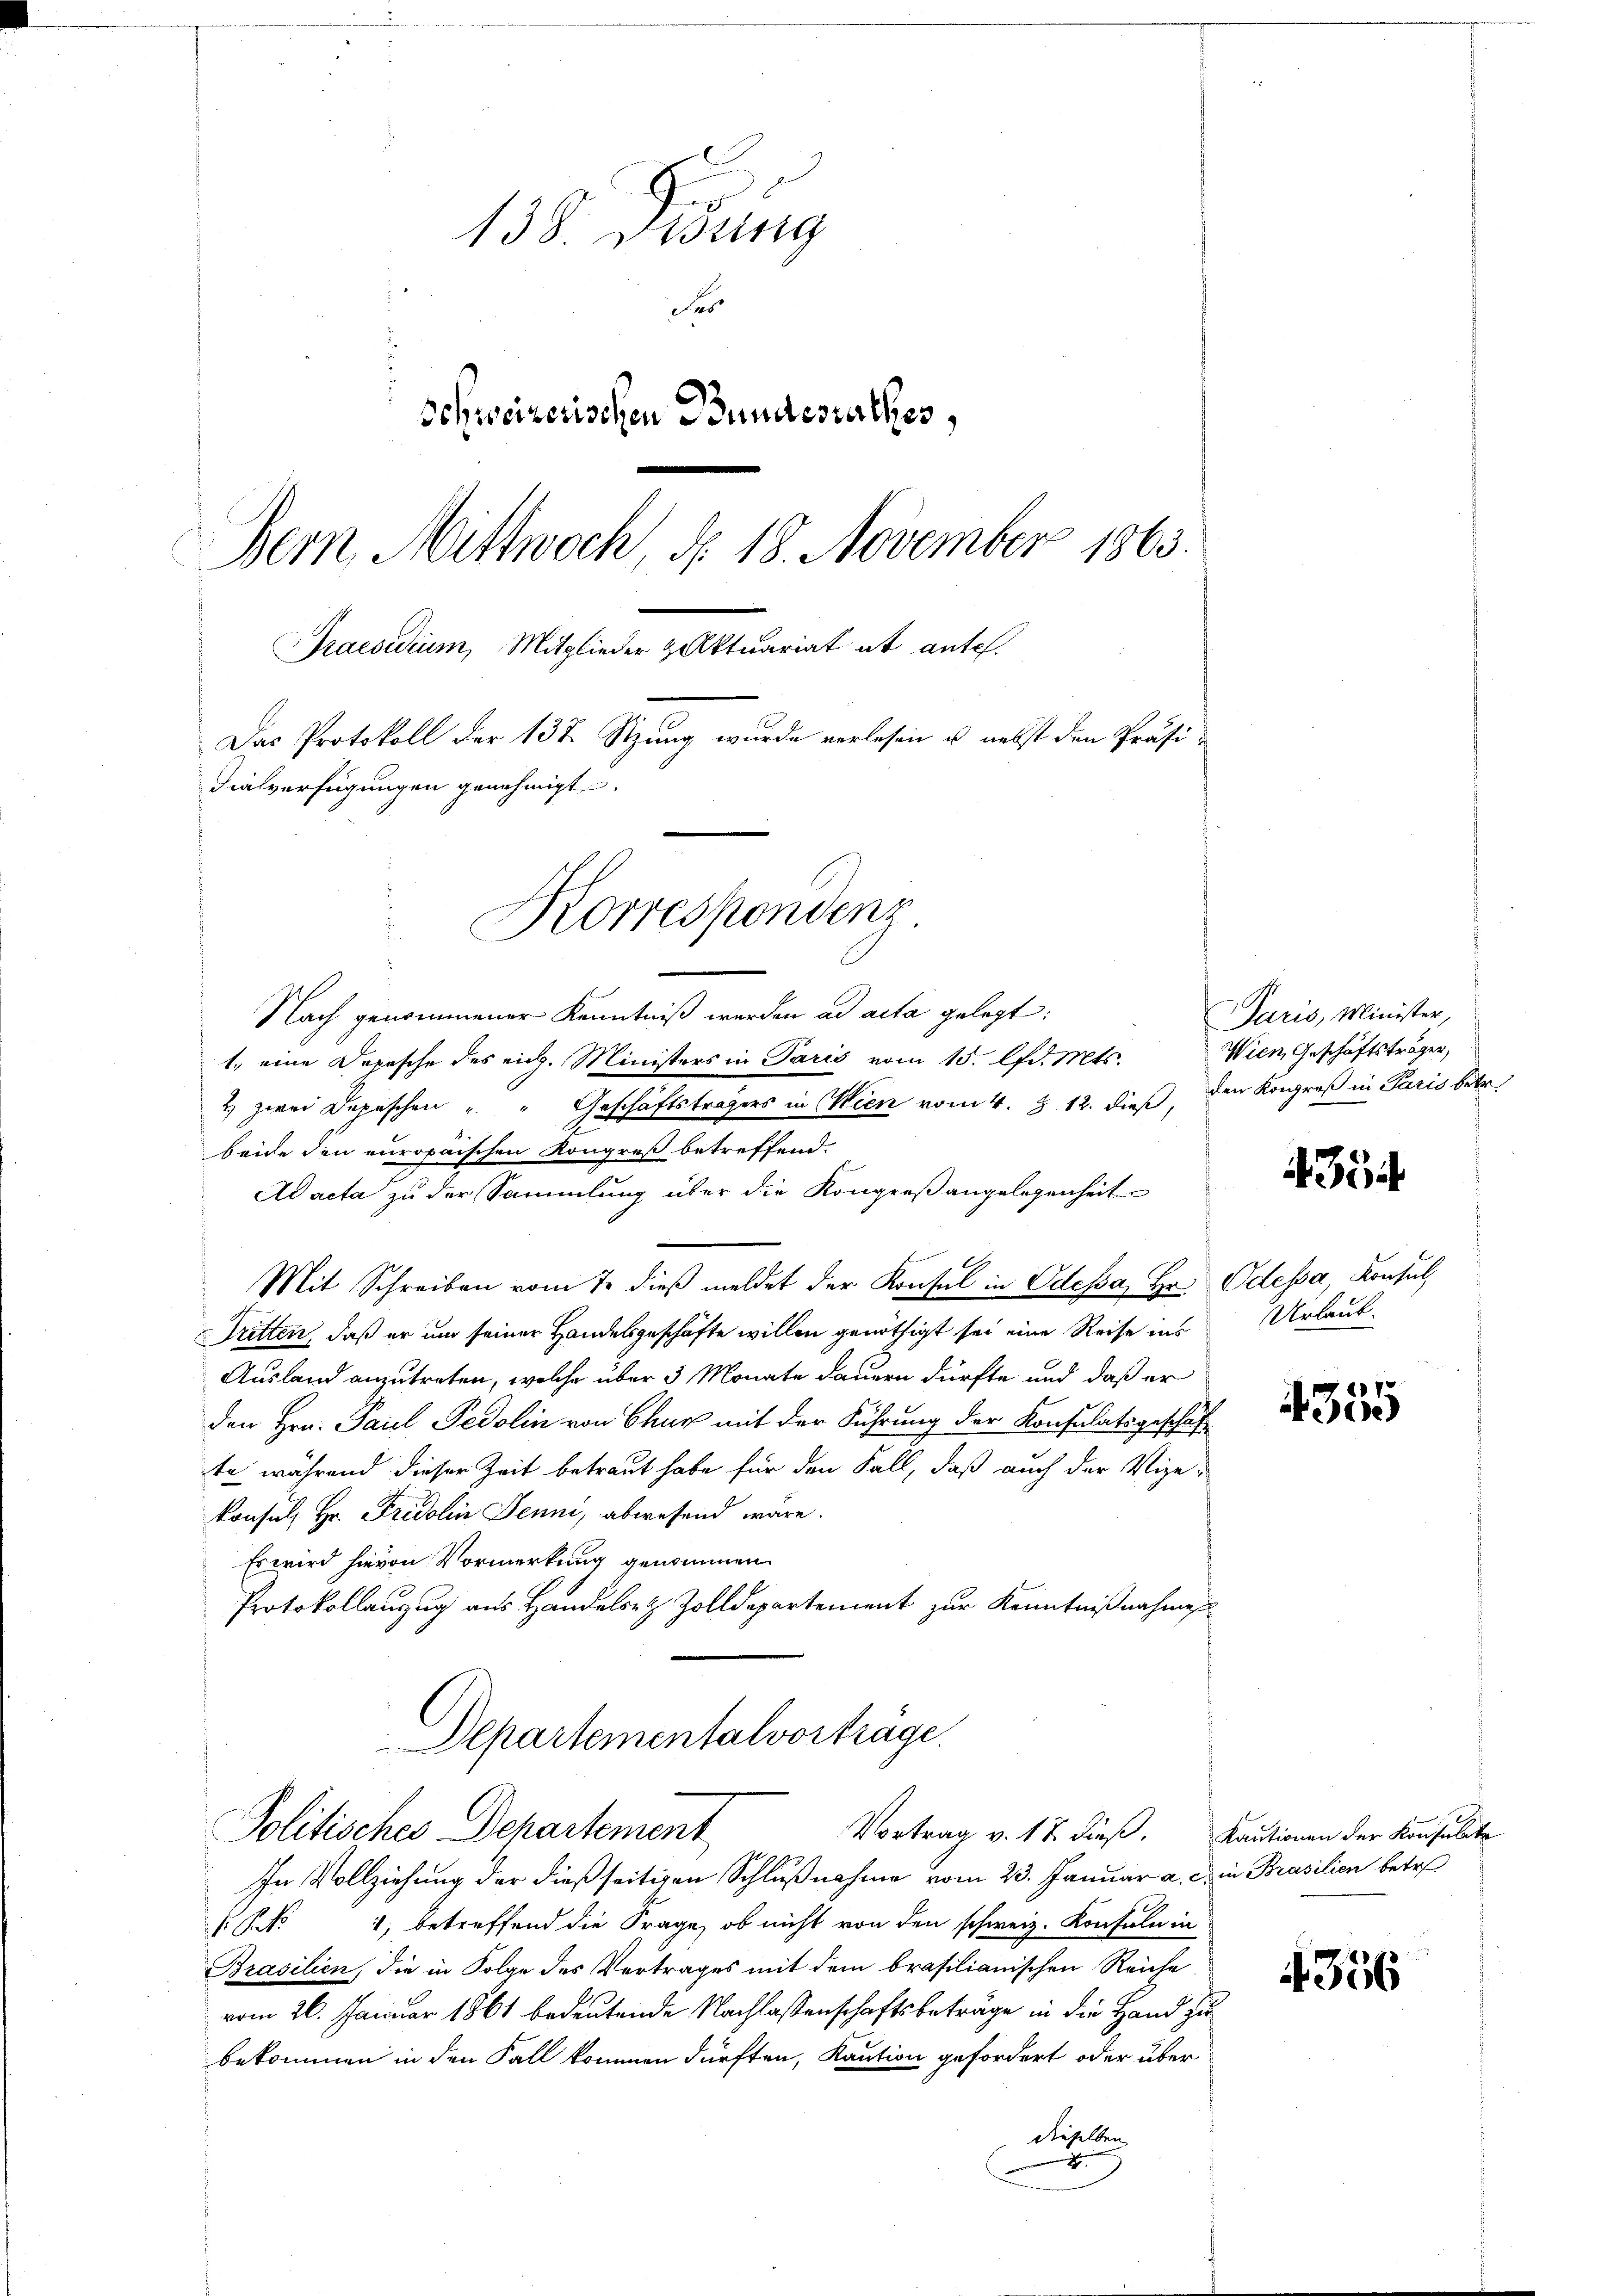
138. Dessing
Fes
schreizerischen Bundesrathes,
Bern Mittwoch, No. 18. November 1863.
Praesidium, Mitglieder Aktuariat ab ante.
Das Protokoll der 138. Sitzung wurde verlesen u. nebst den Präsi¬
Fialverfügungen genehmigt.
Korrespondenz

Nach genommener Kenntniß werden ad acta gelegt:
1., eine Depesche des eidg. Ministers in Paris vom 15. lfd. Mts.
2) zwei Depeschen " " Geschäftsträgers in Wien vom 4. § 12. dieß, den Kongreß in Paris betr.
beide den europaischen Kongreß betreffend.
Ad acta zu der Sammlung über die Kongreß angelegenheit
Mit Schreiben vom 7. dieβ meldet der Konsul in Odessa, Hr.
Tritten, daß er um seiner Handelsgeschäfte willen genöthigt sei eine Reise ins
Ausland anzutreten, welche über 3 Monate dauern dürfte und daß er
den Hrn. Paul Pedolin von Chur mit der Führung der Konsulatsgeschäft
te während dieser Zeit betraut habe für den Fall, daß auch der Vize-
konsul, Hr. Fridolin Jenni, abwesend wäre.
Es wird hievon Vormerkung genommen.
Protokollanzug aus Handels- & Zolldepartement zur Kenntnißnahmen
Departementalvortrage.
Politisches Departement
Vortrag v. 17 dieß. Kautionen der Konsulate
In Vollziehung der dießseitigen Schlußnahme vom 23. Januar a. c. in Prasilien betr
 No 1, betreffend die Frage, ob nicht von den schweiz. Konsuln in
Brasilien, die in Folge des Vertrages mit dem brasilianischen Reiche
vom 26. Januar 1861 bedeutende Nachlassenschaftsbeträge in die Hand zu
bekommen in den Fall kommen dürften, Kaution gefordert oder über
dieselben
2

Paris, Minister,
Wien, Geschäftsträger,

354

Odessa, Konsul,
Urlaub.

4355

4356